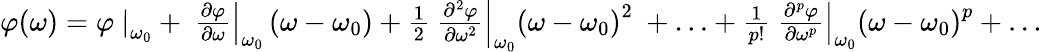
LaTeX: {\begin{array}{c}{\varphi\mathrm{(}\omega\mathrm{)}=\varphi\left.\ \right|_{\omega_{0}}+\left.\ {\frac{\partial\varphi}{\partial\omega}}\right|_{\omega_{0}}\left(\omega-\omega_{0}\right)+{\frac{1}{2}}\left.\ {\frac{\partial^{2}\varphi}{\partial\omega^{2}}}\right|_{\omega_{0}}\left(\omega-\omega_{0}\right)^{2}\ +\ldots+{\frac{1}{p!}}\left.\ {\frac{\partial^{p}\varphi}{\partial\omega^{p}}}\right|_{\omega_{0}}\left(\omega-\omega_{0}\right)^{p}+\ldots}\end{array}}